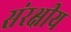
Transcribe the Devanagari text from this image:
संरक्षीय